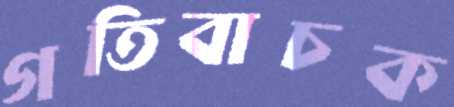
গতিবাচক